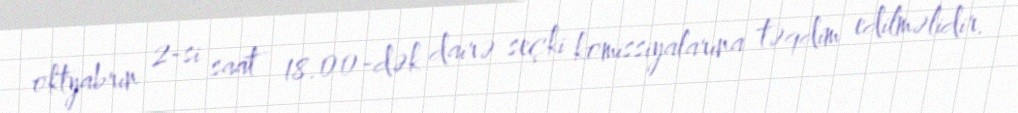
oktyabrın 2-si saat 18.00-dək dairə seçki komissiyalarına təqdim edilməlidir.